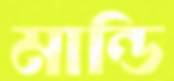
মান্ডি